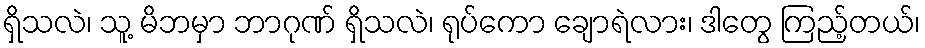
ရှိသလဲ၊ သူ့ မိဘမှာ ဘာဂုဏ် ရှိသလဲ၊ ရုပ်ကော ချောရဲလား၊ ဒါတွေ ကြည့်တယ်၊